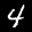
Label: 4